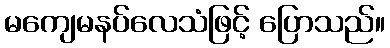
မကျေမနပ်လေသံဖြင့် ပြောသည်။